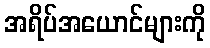
အရိပ်အယောင်များကို